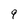
Character: 9